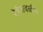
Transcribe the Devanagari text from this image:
रेषेजवळील